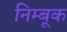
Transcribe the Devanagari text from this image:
निम्बूक